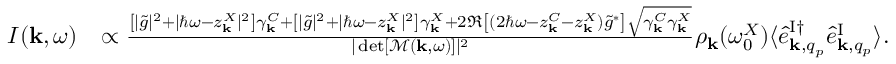
\begin{array} { r l } { I ( { \bf k } , \omega ) } & { \propto \frac { \left[ | \tilde { g } | ^ { 2 } + | \hbar \omega - z _ { \bf k } ^ { X } | ^ { 2 } \right] \gamma _ { \bf k } ^ { C } + \left[ | \tilde { g } | ^ { 2 } + | \hbar \omega - z _ { \bf k } ^ { X } | ^ { 2 } \right] \gamma _ { \bf k } ^ { X } + 2 \Re \left[ ( 2 \hbar \omega - z _ { \bf k } ^ { C } - z _ { \bf k } ^ { X } ) \tilde { g } ^ { * } \right] \sqrt { \gamma _ { \bf k } ^ { C } \gamma _ { \bf k } ^ { X } } } { | \operatorname* { d e t } [ \mathcal { M } ( { \bf k } , \omega ) ] | ^ { 2 } } \rho _ { { \bf k } } ( \omega _ { 0 } ^ { X } ) \langle \hat { e } _ { { \bf k } , q _ { p } } ^ { \mathrm { I } \dagger } \hat { e } _ { { \bf k } , q _ { p } } ^ { \mathrm { I } } \rangle . } \end{array}